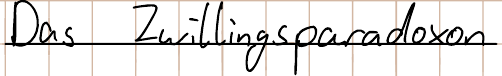
Das Zwillingsparadoxon